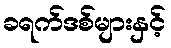
ခရက်ဒစ်များနှင့်